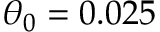
\theta _ { 0 } = 0 . 0 2 5